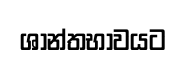
ශාන්තභාවයට